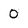
Character: 0